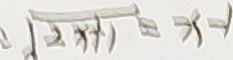
\sqrt { 2 x + 1 } = x - 1